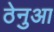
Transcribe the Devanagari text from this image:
ठेनुआ